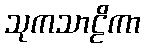
သုကသာဠိကာ